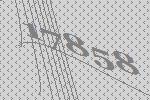
17858